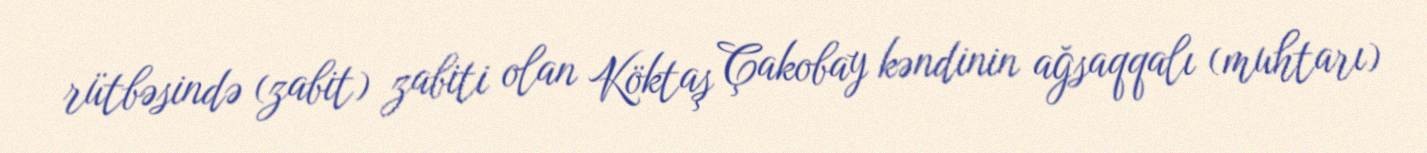
rütbəsində (zabit) zabiti olan Köktaş Çakobay kəndinin ağsaqqalı (muhtarı)